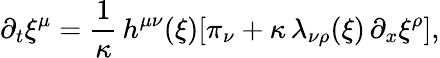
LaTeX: \partial_{t}\xi^{\mu}=\frac{1}{\kappa}\, h^{\mu\nu}(\xi)[\pi_{\nu}+\kappa\, \lambda_{\nu\rho}(\xi)\, \partial_{x}\xi^{\rho}],